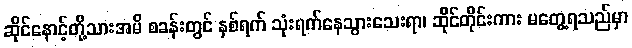
ဆိုင်နောင့်တို့သားအမိ စခန်းတွင် နှစ်ရက် သုံးရက်နေသွားသေးရာ၊ ဆိုင်တိုင်းကား မတွေ့ရသည်မှာ